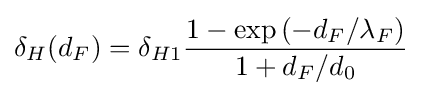
\delta _{H}(d_{F})=\delta _{H1}{\frac {1-\exp \left(-d_{F}/\lambda _{F}\right)}{1+d_{F}/d_{0}}}